Annual report of the Prince of Wales Medical College, Patna
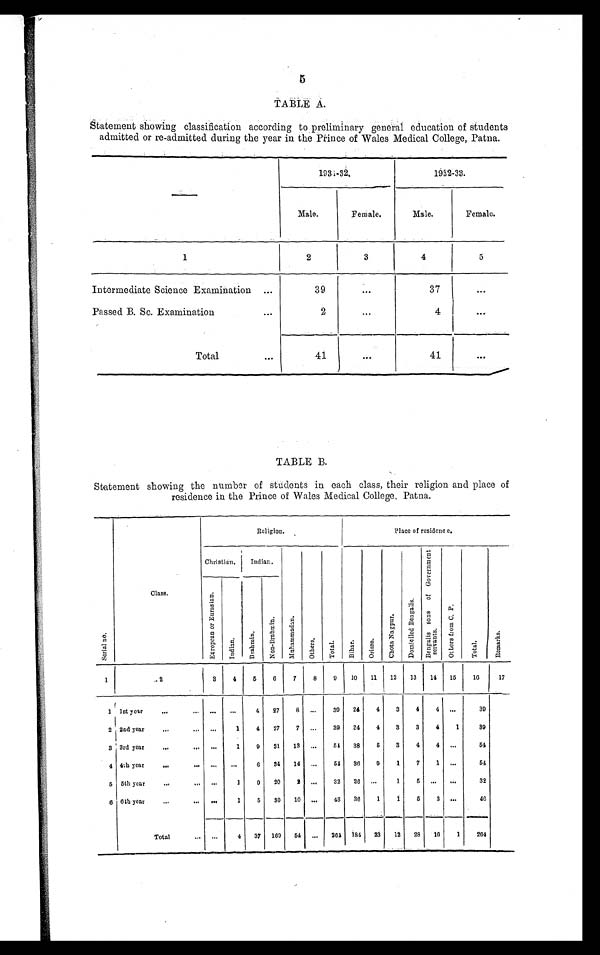
5
TABLE A.
Statement showing classification according to preliminary general education of students
admitted or re-admitted during the year in the Prince of Wales Medical College, Patna.
—
1 9 3 1 – 3 2 .
1 9 3 2 – 3 3 .
Male.
Female.
Male.
Female.
1
2
3
4
5
Intermediate Science Examination ...
39
...
37
. . .
Passed B. Sc. Examination ...
2
...
4
Total ...
41
...
41
. . .
TABLE B.
Statement showing the number of students in each class, their religion and place of
residence in the Prince of Wales Medical College, Patna.
Religion.
Place of residence.
S e r i a l n o .
Class.
Christian.
Indian.
M u h a m m a d a n .
O t h e r s .
T o t a l .
B i h a r .
O r i s s a .
C h o t a N a g p u r .
D o m i c i l e d B e n g a l i s . B e n g a l i s s o n s o f G o v e r n m e n t s e r v a n t s .
O t h e r s f r o m C . P .
T o t a l .
R e m a r k s .
E u r o p e a n o r E u r a s i a n .
I n d i a n .
B r a h m i n .
N o n - B r a h m i n .
1
2
3
4
5
6
7
8
9 10 11 12 13 14 15
16
17
1 1st year ... ... ... ...
4 27
8 ...
30 24 4
3
4
4 ...
39
2 2nd year ... ...
...
1
4 27
7 ...
39 24
4
3
3
4
1
39
3 3rd year ... ...
. . .
1
9 31 13 ...
54 38
5
3
4
4
. . .
54
4 4th year ... ...
. . .
. . . 6 34 14 ...
54 36
9
1
7
1 ...
54
5 5th year ... ...
. . .
1
9 20
2 ...
32 26 ...
1
5
. . .
. . .
32
6
6th year ... ...
. . .
1
5 30 10 ...
46 36
1
1
5
3 ...
46
Total ... ...
4 37 169 54 ... 264 184 23 12 28 16
1
264